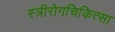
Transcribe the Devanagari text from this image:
स्त्रीरोगचिकित्सा